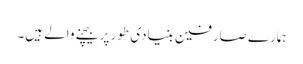
ہمارے صارفین بنیادی طور پر بیچنے والے ہیں۔